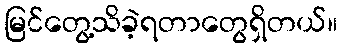
မြင်တွေ့သိခဲ့ရတာတွေရှိတယ်။